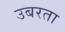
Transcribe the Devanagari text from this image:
उबरता